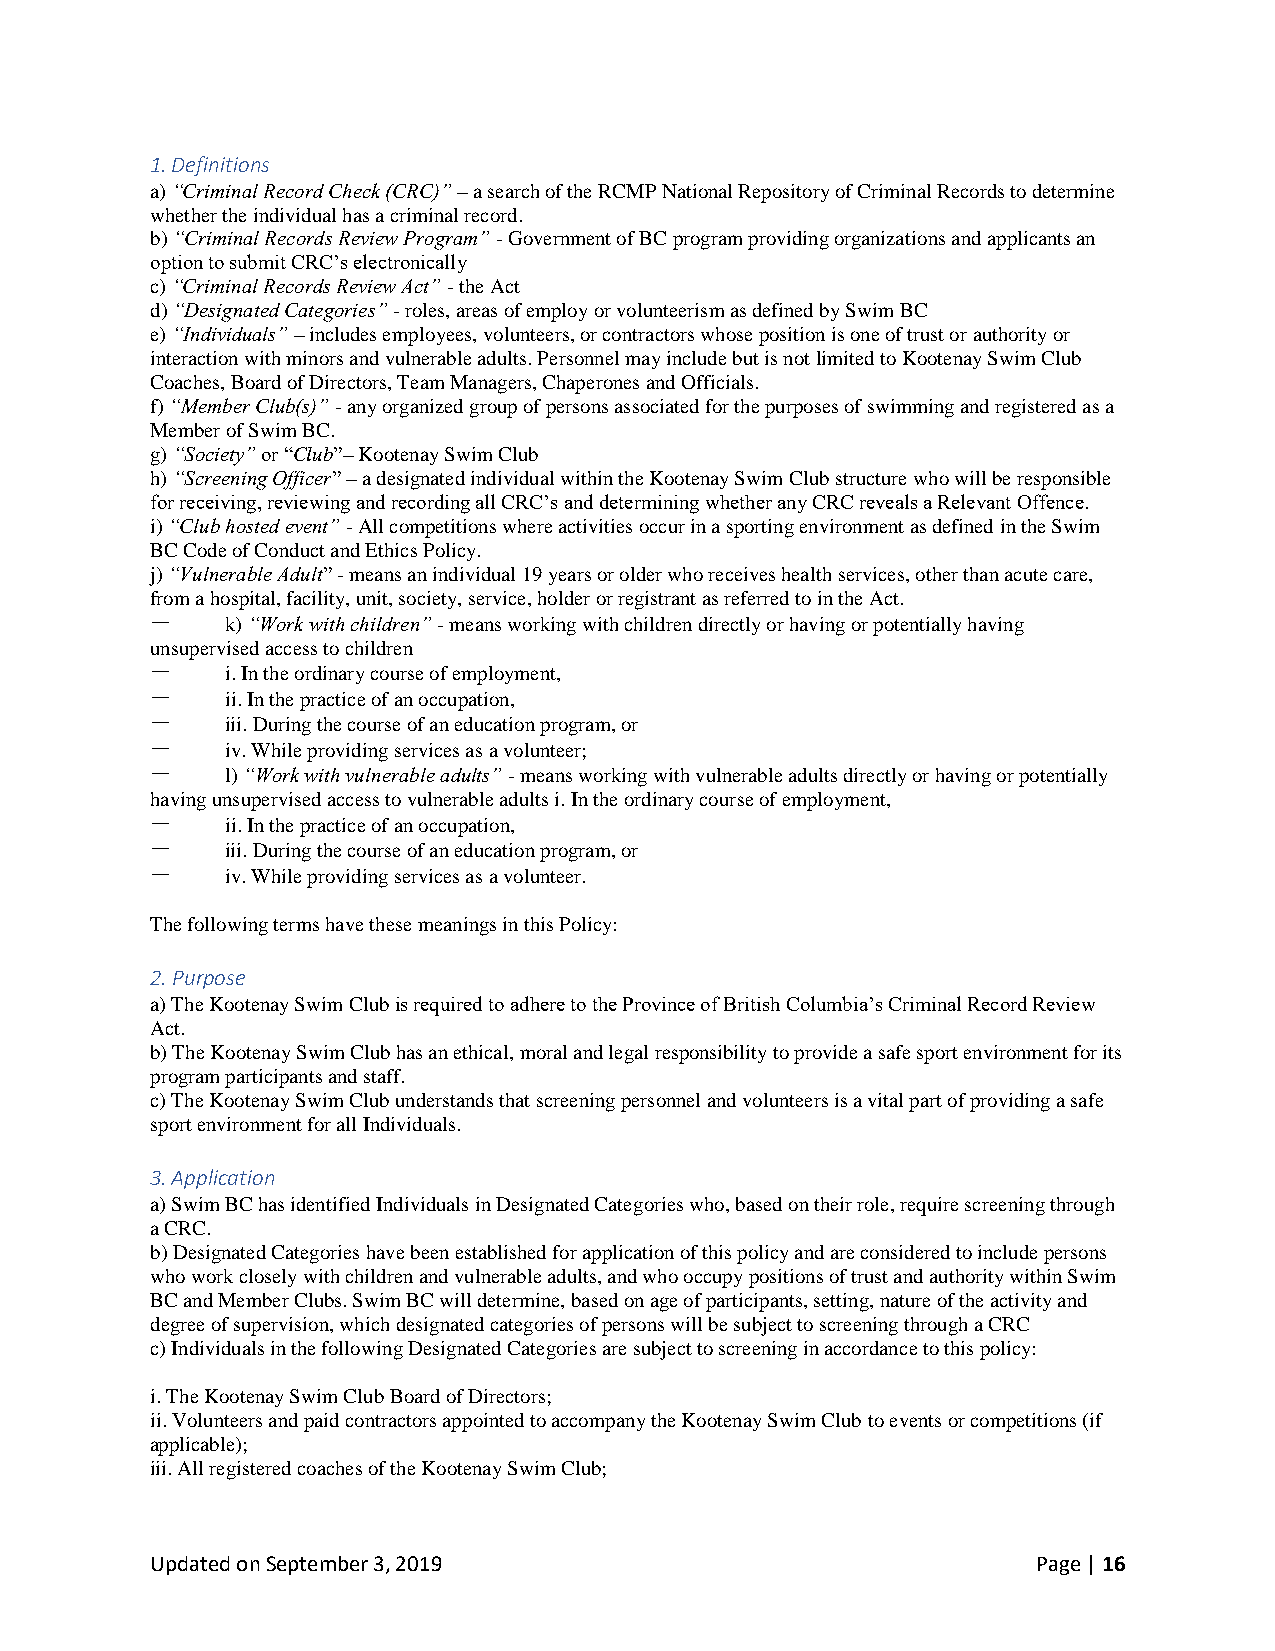
1. Definitions
 a) “Criminal Record Check (CRC)” – a search of the RCMP National Repository of Criminal Records to determine
 whether the individual has a criminal record.
 b) “Criminal Records Review Program” - Government of BC program providing organizations and applicants an
 option to submit CRC’s electronically
 c) “Criminal Records Review Act” - the Act
 d) “Designated Categories” - roles, areas of employ or volunteerism as defined by Swim BC
 e) “Individuals” – includes employees, volunteers, or contractors whose position is one of trust or authority or
 interaction with minors and vulnerable adults. Personnel may include but is not limited to Kootenay Swim Club
 Coaches, Board of Directors, Team Managers, Chaperones and Officials.
 f) “Member Club(s)” - any organized group of persons associated for the purposes of swimming and registered as a
 Member of Swim BC.
 g) “Society” or “Club”– Kootenay Swim Club
 h) “Screening Officer” – a designated individual within the Kootenay Swim Club structure who will be responsible
 for receiving, reviewing and recording all CRC’s and determining whether any CRC reveals a Relevant Offence.
 i) “Club hosted event” - All competitions where activities occur in a sporting environment as defined in the Swim
 BC Code of Conduct and Ethics Policy.
 j) “Vulnerable Adult” - means an individual 19 years or older who receives health services, other than acute care,
 from a hospital, facility, unit, society, service, holder or registrant as referred to in the Act.
 一    k) “Work with children” - means working with children directly or having or potentially having
 unsupervised access to children
 一    i. In the ordinary course of employment,
 一    ii. In the practice of an occupation,
 一    iii. During the course of an education program, or
 一    iv. While providing services as a volunteer;
 一    l) “Work with vulnerable adults” - means working with vulnerable adults directly or having or potentially
 having unsupervised access to vulnerable adults i. In the ordinary course of employment,
 一    ii. In the practice of an occupation,
 一    iii. During the course of an education program, or
 一    iv. While providing services as a volunteer.
 The following terms have these meanings in this Policy:
 2. Purpose
 a) The Kootenay Swim Club is required to adhere to the Province of British Columbia’s Criminal Record Review
 Act.
 b) The Kootenay Swim Club has an ethical, moral and legal responsibility to provide a safe sport environment for its
 program participants and staff.
 c) The Kootenay Swim Club understands that screening personnel and volunteers is a vital part of providing a safe
 sport environment for all Individuals.
 3. Application
 a) Swim BC has identified Individuals in Designated Categories who, based on their role, require screening through
 a CRC.
 b) Designated Categories have been established for application of this policy and are considered to include persons
 who work closely with children and vulnerable adults, and who occupy positions of trust and authority within Swim
 BC and Member Clubs. Swim BC will determine, based on age of participants, setting, nature of the activity and
 degree of supervision, which designated categories of persons will be subject to screening through a CRC
 c) Individuals in the following Designated Categories are subject to screening in accordance to this policy:
 i. The Kootenay Swim Club Board of Directors;
 ii. Volunteers and paid contractors appointed to accompany the Kootenay Swim Club to events or competitions (if
 applicable);
 iii. All registered coaches of the Kootenay Swim Club;
 Updated on September 3, 2019                               Page | 16